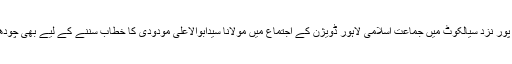
30دسمبر 1946ءکو مراد پور نزد سیالکوٹ میں جماعت اسلامی لاہور ڈویژن کے اجتماع میں مولانا سیدابوالاعلیٰ مودودی کا خطاب سننے کے لیے بھی چودھری رحمت الٰہی پہنچ گئے۔